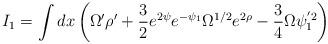
LaTeX: \begin{align*}I_1=\int dx \left( \Omega' \rho'+\frac{3}{2}e^{2\psi} e^{-\psi_1}\Omega^{1/2}e^{2\rho}-\frac{3}{4}\Omega\psi_1^{'2} \right)\end{align*}